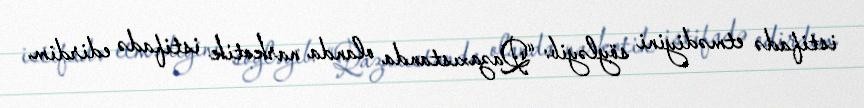
istifadə etmədiyini söyləyib: “Qazaxıstanda olanda narkotik istifadə edirdim.